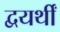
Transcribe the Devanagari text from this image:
द्वयर्थीं